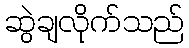
ဆွဲချလိုက်သည်